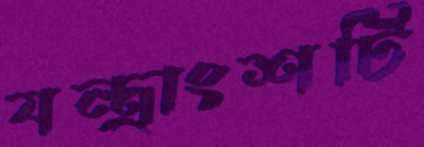
যন্ত্রাংশটি